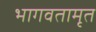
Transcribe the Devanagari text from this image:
भागवतामृत